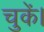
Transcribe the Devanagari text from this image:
चुकंे।